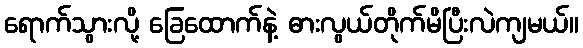
ရောက်သွားလို့ ခြေထောက်နဲ့ ဓားလွယ်တိုက်မိပြီးလဲကျမယ်။